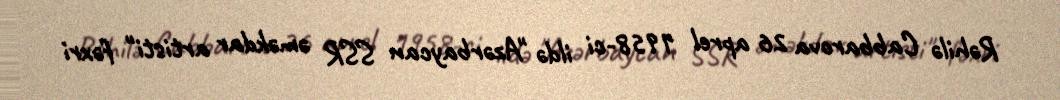
Rəhilə Cabbarova 26 aprel 1958-ci ildə "Azərbaycan SSR əməkdar artisti" fəxri